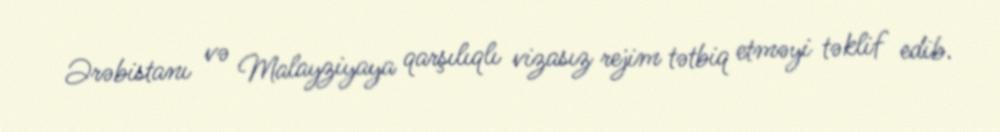
Ərəbistanı və Malayziyaya qarşılıqlı vizasız rejim tətbiq etməyi təklif edib.